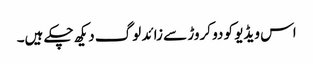
اس ویڈیو کو دو کروڑ سے زائد لوگ دیکھ چکے ہیں۔